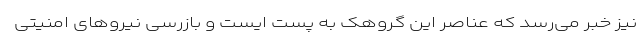
نیز خبر می‌رسد که عناصر این گروهک به پست ایست و بازرسی نیروهای امنیتی